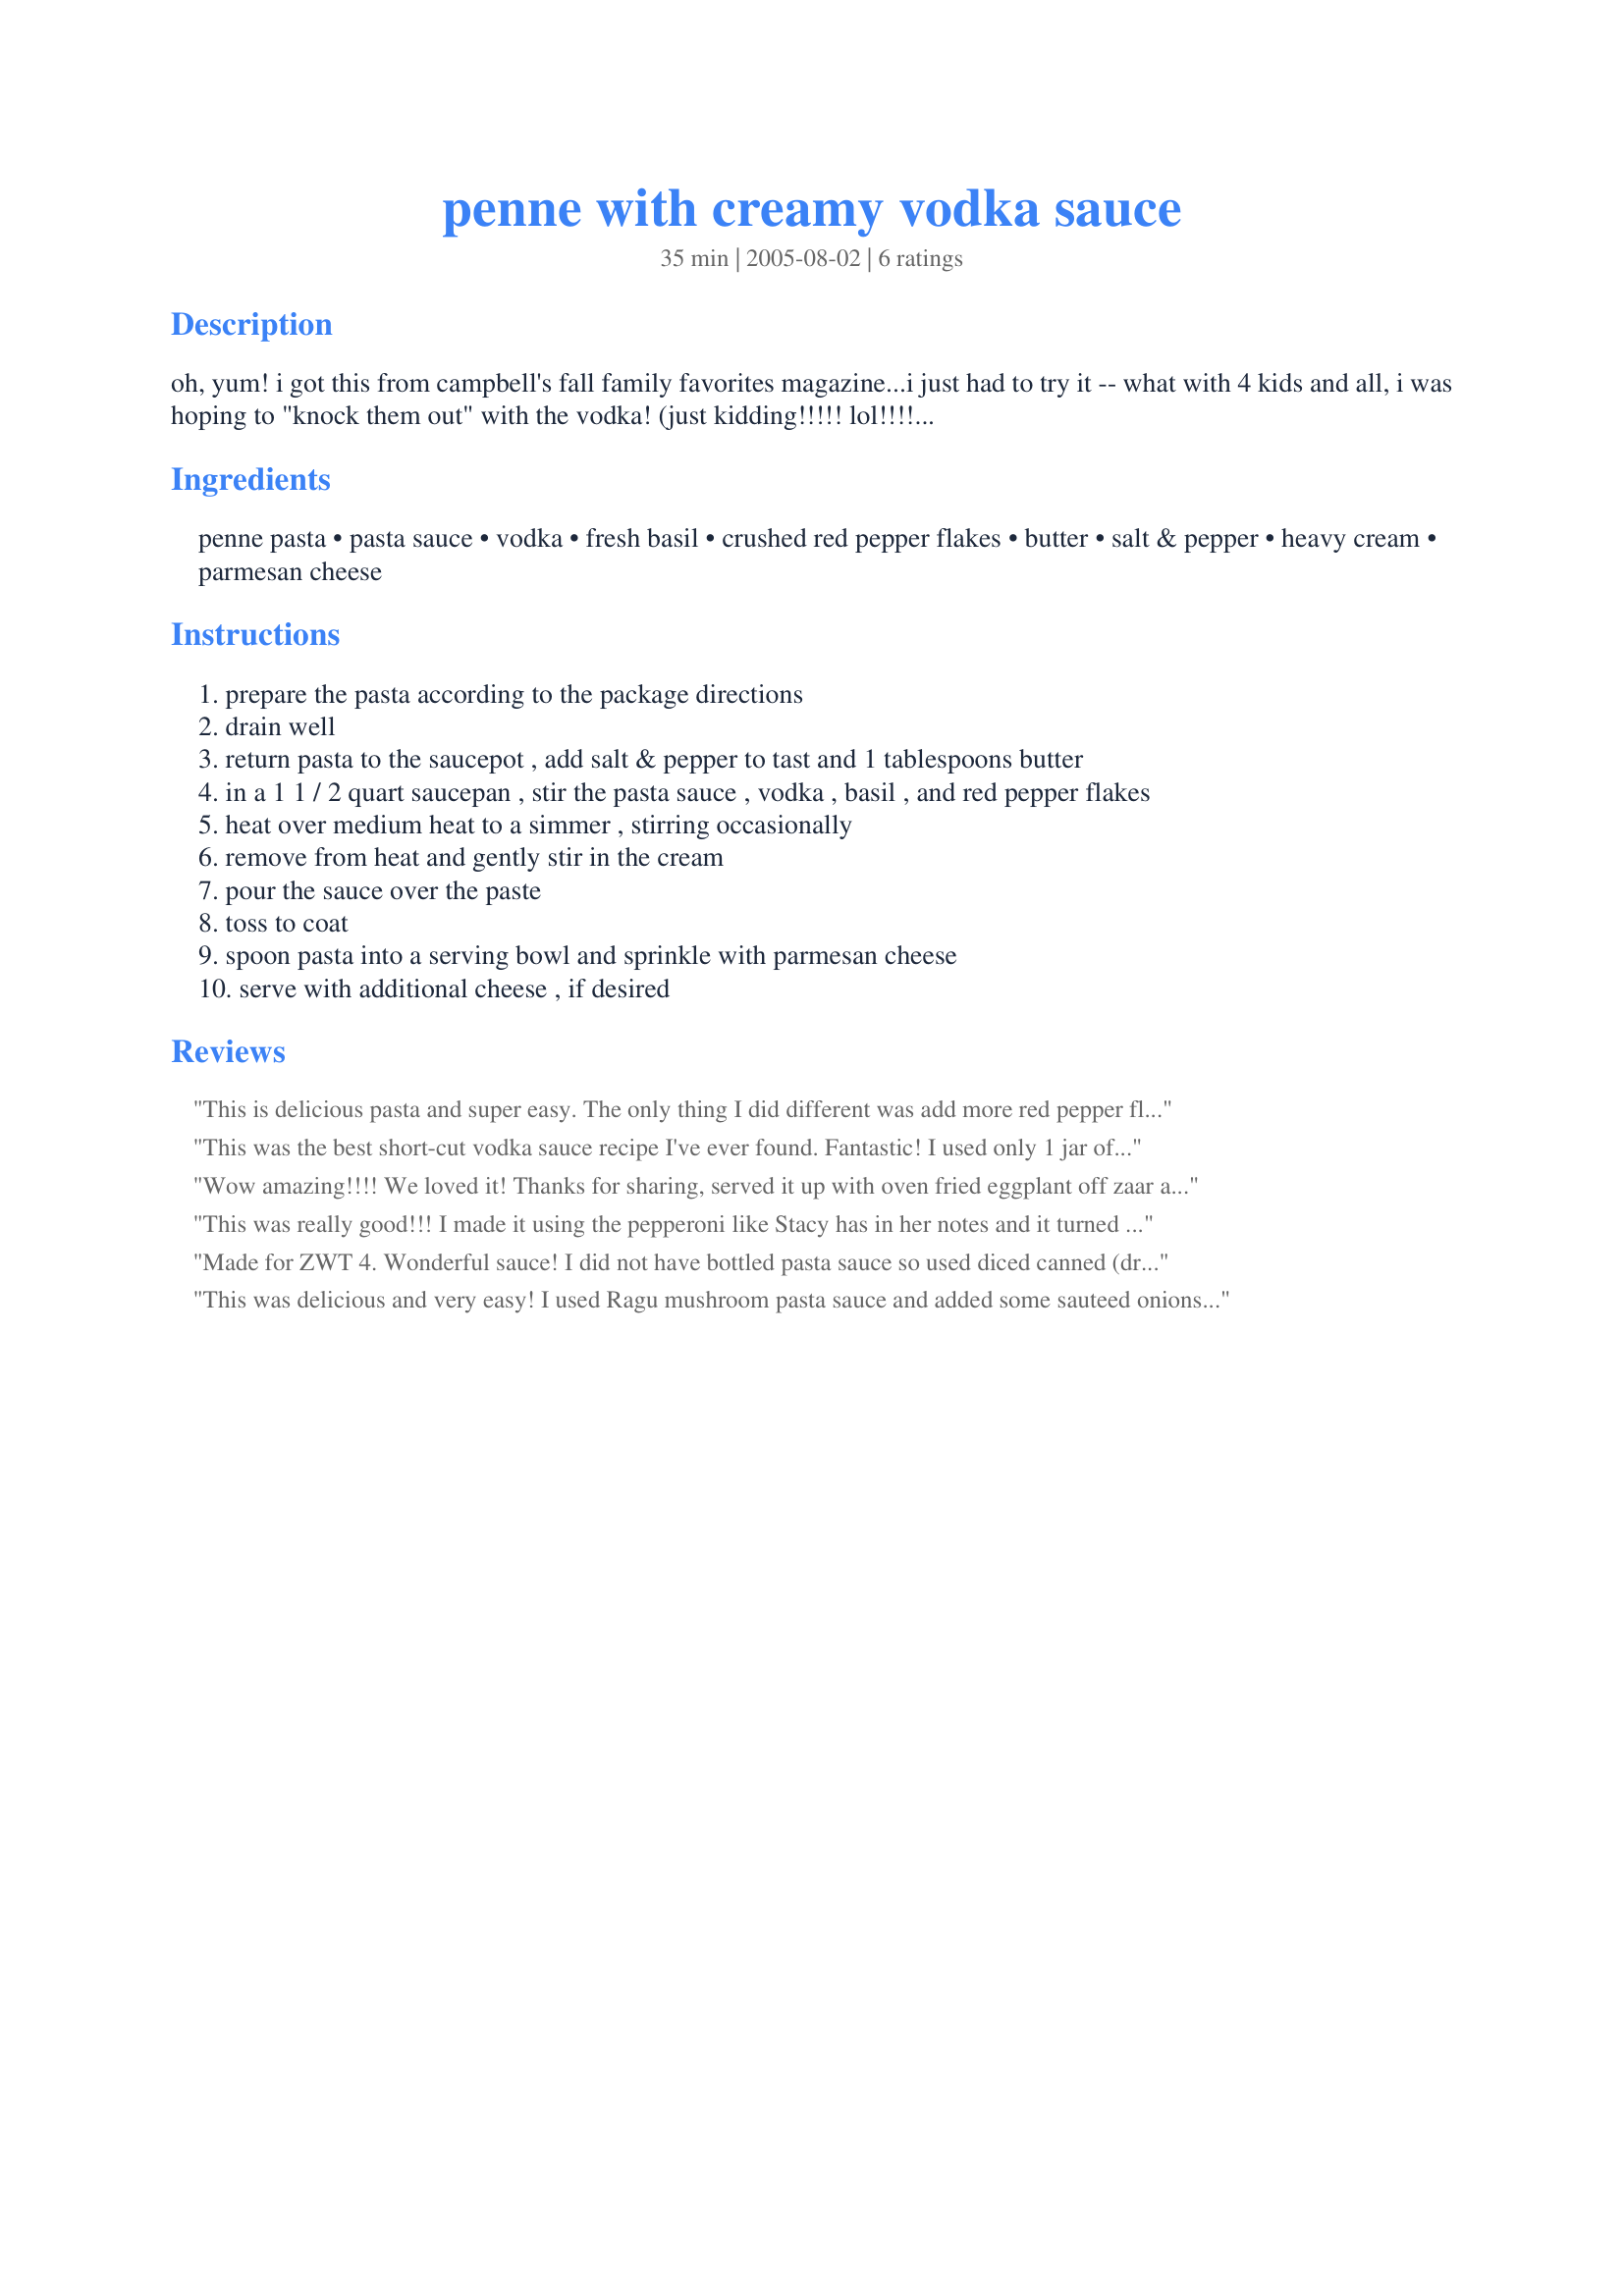
penne with creamy vodka sauce
Preparation time: 35 minutes

oh, yum! i got this from campbell's fall family favorites magazine...i just had to try it -- what with 4 kids and all, i was hoping to "knock them out" with the vodka! (just kidding!!!!! lol!!!!!) no, but seriously, i saw emeril make something similar to this, so i tried this simplified version, and it was good! even the kids liked it (although they would have frowned if i told them i put vodka in it...hee hee!) note: i usually add 1/2 lb. pepperoni slices, cut into 1/4" strips to the sauce.

Ingredients:
penne pasta, pasta sauce, vodka, fresh basil, crushed red pepper flakes, butter, salt & pepper, heavy cream, parmesan cheese

Steps:
prepare the pasta according to the package directions
drain well
return pasta to the saucepot , add salt & pepper to tast and 1 tablespoons butter
in a 1 1 / 2 quart saucepan , stir the pasta sauce , vodka , basil , and red pepper flakes
heat over medium heat to a simmer , stirring occasionally
remove from heat and gently stir in the cream
pour the sauce over the paste
toss to coat
spoon pasta into a serving bowl and sprinkle with parmesan cheese
serve with additional cheese , if desired

Reviews:
This is delicious pasta and super easy. The only thing I did different was add more red pepper flakes and basil for our tastes. Made for Basil/Nutmeg Italy for ZWT 4
This was the best short-cut vodka sauce recipe I've ever found. Fantastic! I used only 1 jar of pre-made pasta sauce and whole grain penne pasta. Other than that, added 1 tablespoon to(per serving bowl of pasta) of ricotta cheese to the pasta prior to sauce. Used asiago cheese and sprinkled on top before serving. I scored big on this one. Thank you Stacky.
Wow amazing!!!! We loved it! Thanks for sharing, served it up with oven fried eggplant off zaar and a happy belly was had by all.
This was really good!!! I made it using the pepperoni like Stacy has in her notes and it turned out great!!! It was a bit on the spicy side since I simmered the sauce for a while with the pepperoni in it but we LOVED this!!!! Stacy you will be missed!!!
Made for ZWT 4. Wonderful sauce! I did not have bottled pasta sauce so used diced canned (drained) tomatoes instead. Also added sauted onions and garlic; and pureed 1/2 the sauce before adding the cream and vodka. Served over cheese ravioli instead of penne. Made a perfect dinner, thanks for sharing!
This was delicious and very easy! I used Ragu mushroom pasta sauce and added some sauteed onions and garlic. I also subbed in some reduced fat cream cheese and lowfat milk for the heavy cream and left out the butter and salt. I also added a little oregano with the basil. Thank you for a wonderful recipe!
